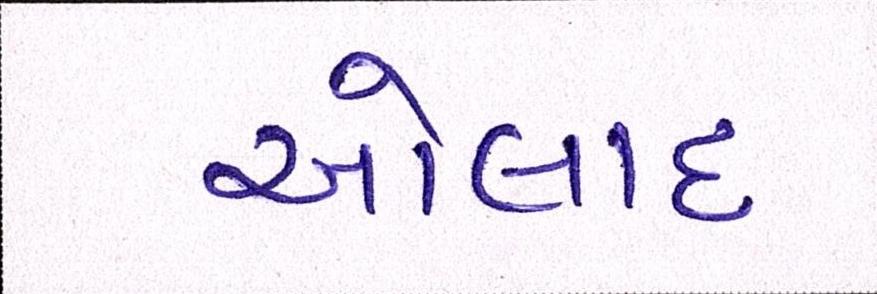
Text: ઓલાદ